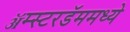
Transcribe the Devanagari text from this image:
ॲम्स्टरडॅममध्ये